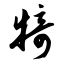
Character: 犄